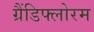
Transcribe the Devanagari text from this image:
ग्रैंडिफ्लोरम